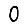
Digit: 0